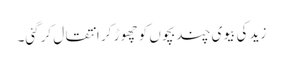
زید کی بیوی چند بچوں کو چھوڑ کر انتقال کرگئی۔